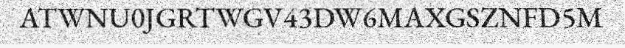
ATWNU0JGRTWGV43DW6MAXGSZNFD5M